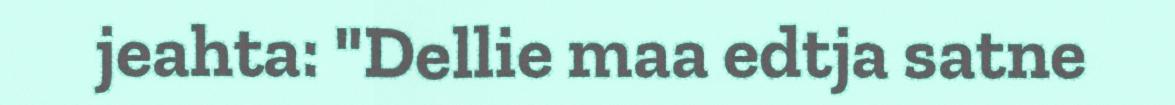
jeahta: "Dellie maa edtja satne